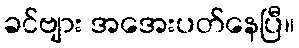
ခင်ဗျား အအေးပတ်နေပြီ။